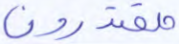
مقتدون